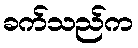
ခက်သည်က